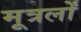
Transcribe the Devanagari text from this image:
मूत्रलों